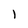
Character: 1